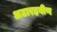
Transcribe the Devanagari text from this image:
अठारहवीण